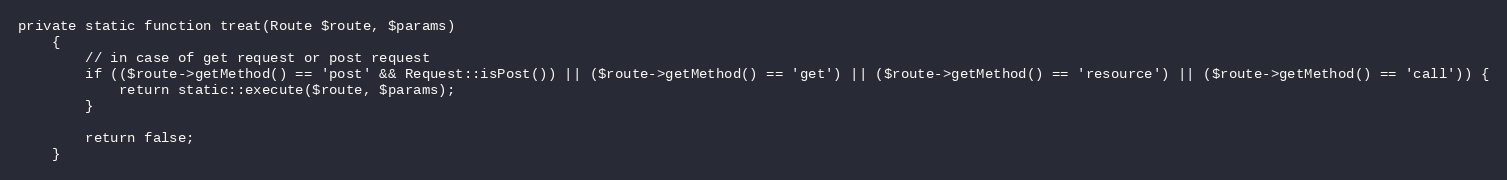
Language: PHP
private static function treat(Route $route, $params)
    {
        // in case of get request or post request
        if (($route->getMethod() == 'post' && Request::isPost()) || ($route->getMethod() == 'get') || ($route->getMethod() == 'resource') || ($route->getMethod() == 'call')) {
            return static::execute($route, $params);
        }

        return false;
    }